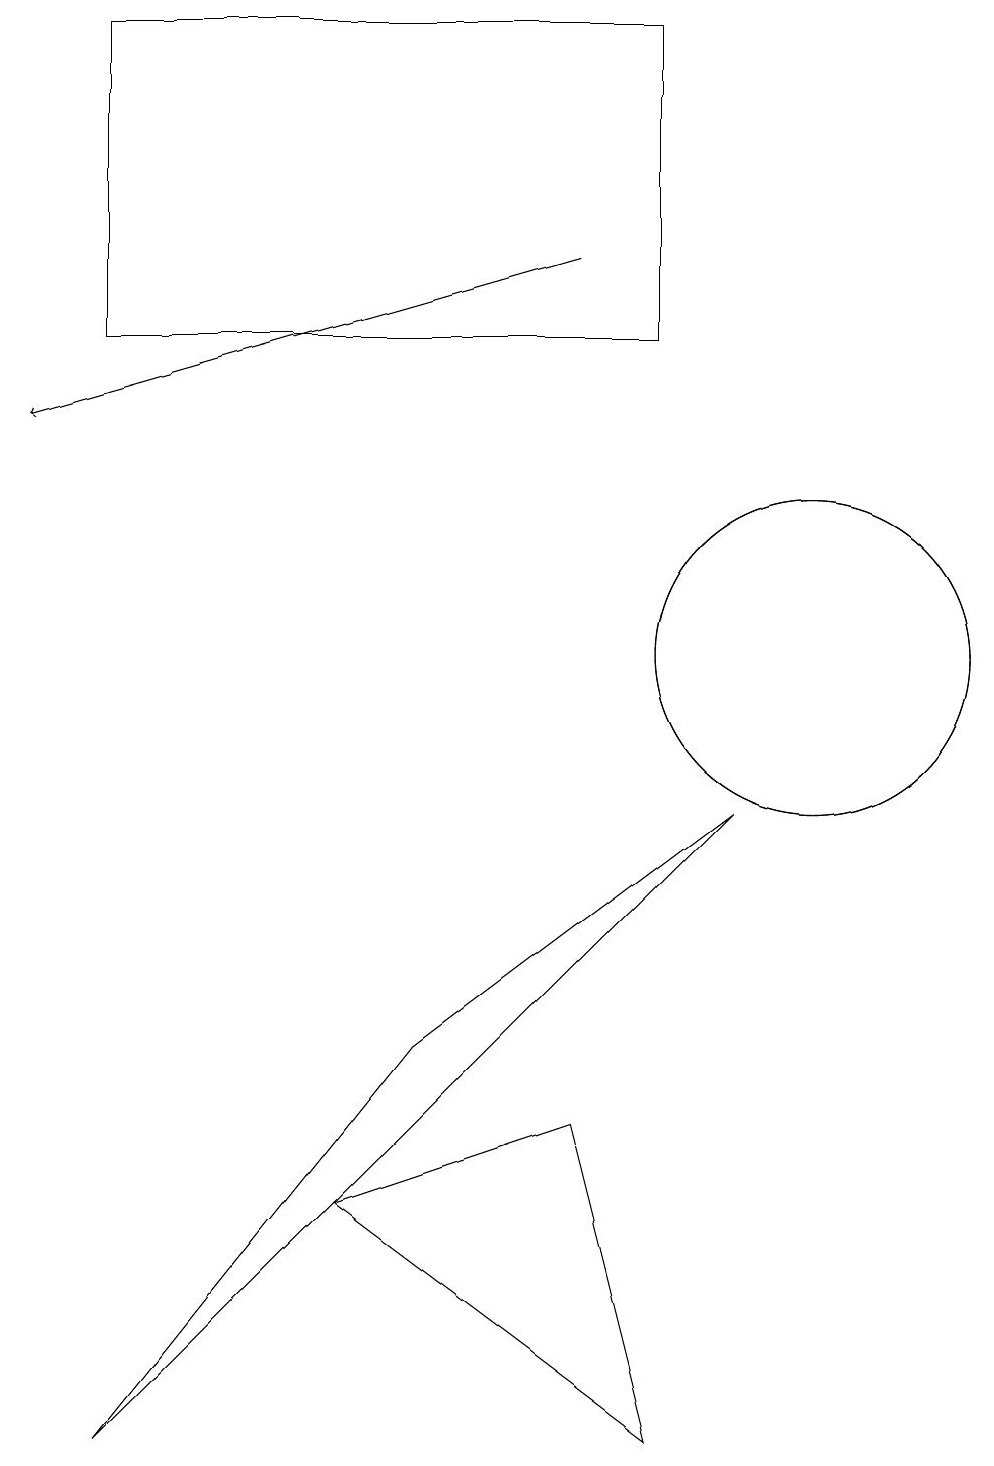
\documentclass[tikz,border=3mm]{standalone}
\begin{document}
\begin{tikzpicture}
\draw (10,11) circle (2);
\draw (9,9) -- (5,6) -- (1,1) -- cycle;
\draw[->] (7,16) -- (0,14);
\draw (10,11) circle (2);
\draw (8,1) -- (7,5) -- (4,4) -- cycle;
\draw (1,15) rectangle (8,19);
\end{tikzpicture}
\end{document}